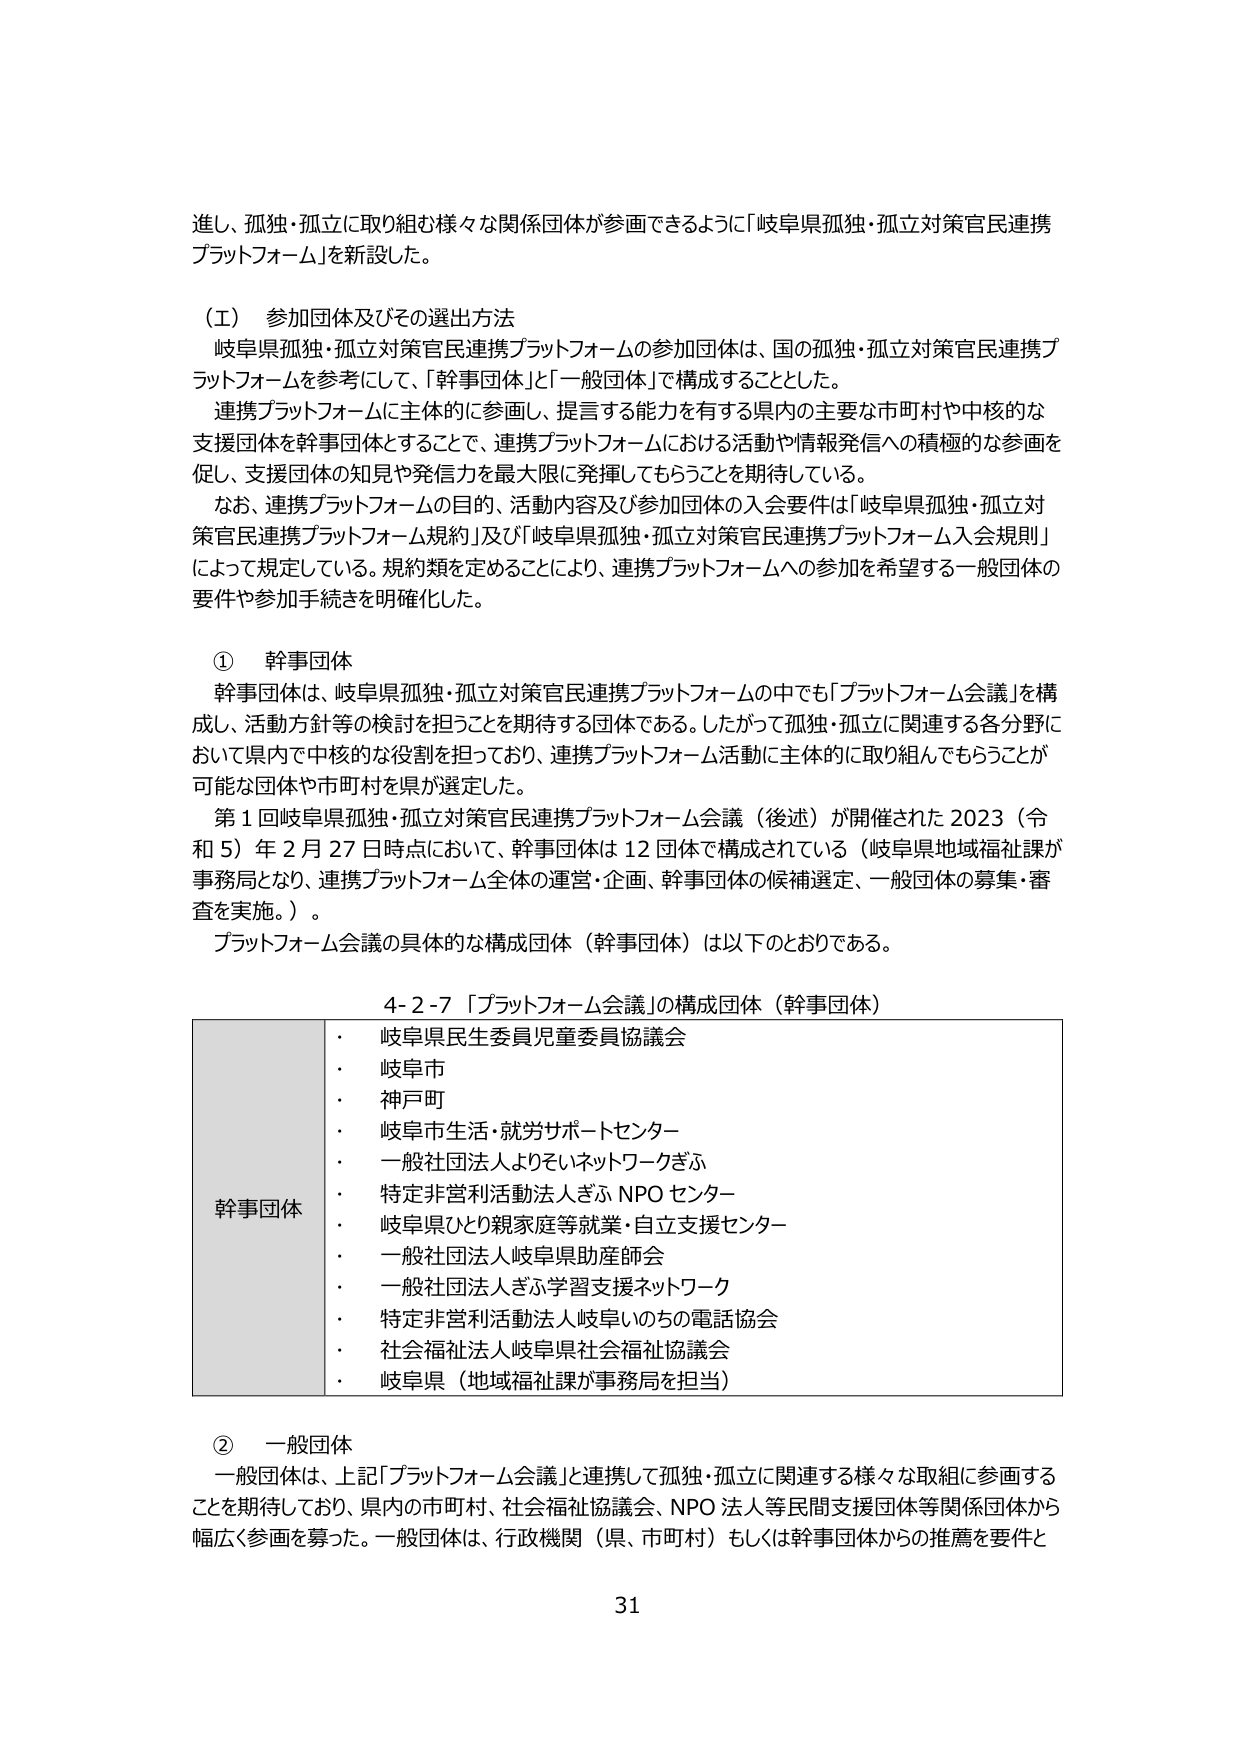
進し、孤独・孤立に取り組む様々な関係団体が参画できるように「岐阜県孤独・孤立対策官民連携プラットフォーム」を新設した。

（エ） 参加団体及びその選出方法
岐阜県孤独・孤立対策官民連携プラットフォームの参加団体は、国の孤独・孤立対策官民連携プラットフォームを参考にして、「幹事団体」と「一般団体」で構成することとした。
連携プラットフォームに主体的に参画し、提言する能力を有する県内の主要な市町村や中核的な支援団体を幹事団体とすることで、連携プラットフォームにおける活動や情報発信への積極的な参画を促し、支援団体の知見や発信力を最大限に発揮してもらうことを期待している。
なお、連携プラットフォームの目的、活動内容及び参加団体の入会要件は「岐阜県孤独・孤立対策官民連携プラットフォーム規約」及び「岐阜県孤独・孤立対策官民連携プラットフォーム入会規則」によって規定している。規約類を定めることにより、連携プラットフォームへの参加を希望する一般団体の要件や参加手続きを明確化した。

① 幹事団体
幹事団体は、岐阜県孤独・孤立対策官民連携プラットフォームの中でも「プラットフォーム会議」を構成し、活動方針等の検討を担うことを期待する団体である。したがって孤独・孤立に関連する各分野において県内で中核的な役割を担っており、連携プラットフォーム活動に主体的に取り組んでもらうことが可能な団体や市町村を県が選定した。
第1回岐阜県孤独・孤立対策官民連携プラットフォーム会議（後述）が開催された2023（令和5）年2月27日時点において、幹事団体は12団体で構成されている（岐阜県地域福祉課が事務局となり、連携プラットフォーム全体の運営・企画、幹事団体の候補選定、一般団体の募集・審査を実施。）。
プラットフォーム会議の具体的な構成団体（幹事団体）は以下のとおりである。

4-2-7 「プラットフォーム会議」の構成団体（幹事団体）
幹事団体
・ 岐阜県民生委員児童委員協議会
・ 岐阜市
・ 神戸町
・ 岐阜市生活・就労サポートセンター
・ 一般社団法人よりそいネットワークぎふ
・ 特定非営利活動法人ぎふNPOセンター
・ 岐阜県ひとり親家庭等就業・自立支援センター
・ 一般社団法人岐阜県助産師会
・ 一般社団法人ぎふ学習支援ネットワーク
・ 特定非営利活動法人岐阜いのちの電話協会
・ 社会福祉法人岐阜県社会福祉協議会
・ 岐阜県（地域福祉課が事務局を担当）

② 一般団体
一般団体は、上記「プラットフォーム会議」と連携して孤独・孤立に関連する様々な取組に参画することを期待しており、県内の市町村、社会福祉協議会、NPO法人等民間支援団体等関係団体から幅広く参画を募った。一般団体は、行政機関（県、市町村）もしくは幹事団体からの推薦を要件と

31